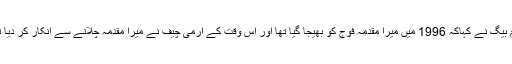
اسلم بیگ نے کہاکہ 1996 میں میرا مقدمہ فوج کو بھیجا گیا تھا اور اس وقت کے آرمی چیف نے میرا مقدمہ چلانے سے انکار کر دیا تھا۔